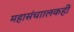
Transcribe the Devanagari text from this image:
महासंचाालकही